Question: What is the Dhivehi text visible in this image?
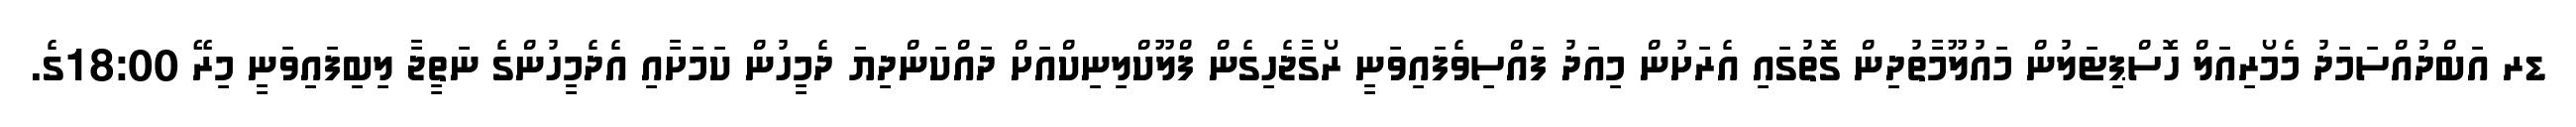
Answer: ޑރ އަބްދުއްސަމަދު މެމޯރިއަލް ހޮސްޕިޓަލުން މައުލޫމާތުދިން ގޮތުގައި އެރަށުން މިއަދު ފައްސިވެފައިވަނީ ރޯގާޖެހިގެން ފްލޫކްލިނިކްއަށް ދައްކަންދިޔަ ދެމީހުން ކަމަށާއި އެދެމީހުންގެ ނަތީޖާ ލިބިފައިވަނީ މިރޭ 18:00ގެ.